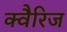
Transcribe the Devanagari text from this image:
क्वैरिज